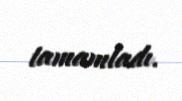
tamamladı.